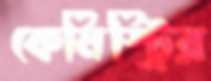
কেমিস্ট্রির